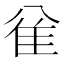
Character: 𱁅